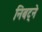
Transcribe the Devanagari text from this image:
निबट्ने